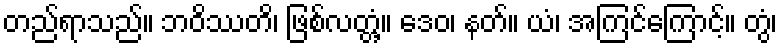
တည်ရာသည်။ ဘဝိဿတိ၊ ဖြစ်လတ္တံ့။ ဒေဝ၊ နတ်။ ယံ၊ အကြင်ကြောင့်။ တွံ၊